Lunatic asylums Punjab 1911-1921 - 1911-1921
Year: 1911
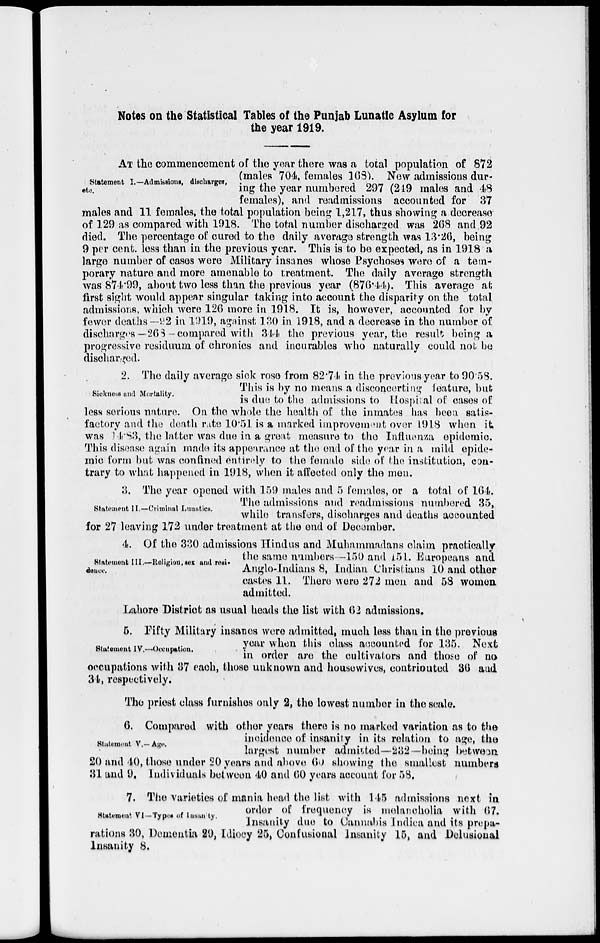
Notes on the Statistical Tables of the Punjab Lunatic Asylum for
the year 1919.
Statement I.—Admissions, discharges,
etc.
AT the commencement of the year there was a total population of 872
(males 704, females 168). New admissions dur-
ing the year numbered 297 (249 males and 48
females), and readmissions accounted for 37
males and 11 females, the total population being 1,217, thus showing a decrease
of 129 as compared with 1918. The total number discharged was 268 and 92
died. The percentage of cured to the daily average strength was 13.26 , being
9 per cent. less than in the previous year. This is to be expected, as in 1918 a
large number of cases were Military insanes whose Psychoses were of a tem-
porary nature and more amenable to treatment. The daily average strength
was 874.99, about two less than the previous year (876.44). This average at
first sight would appear singular taking into account the disparity on the total
admissions, which were 126 more in 1918. It is, however, accounted for by
fewer deaths—92 in 1919, against 130 in 1918, and a decrease in the number of
discharges—268 –compared with 344 the previous year, the result being a
progressive residuum of chronics and incurables who naturally could not be
discharged.
Sickness and Mortality.
2. The daily average sick rose from 82.74 in the previous-year to 90.58.
This is by no means a disconcerting feature, but
is due to the admissions to Hospital of cases of
less serious nature. On the whole the health of the inmates has been satis-
factory and the death rate 10.51 is a marked improvement over 1918 when it
was 14.83, the latter was due in a great measure to the Influenza epidemic.
This disease again made its appearance at the end of the year in a mild epide-
mic form but was confined entirely to the female side of the institution, con-
trary to what happened in 1918, when it affected only the men.
Statement II.—Criminal Lunatics.
3. The year opened with 159 males and 5 females, or a total of 164.
The admissions and readmissions numbered 35,
while transfers, discharges and deaths accounted
for 27 leaving 172 under treatment at the end of December.
Statement III.—Religion, sex and resi-
dence.
4. Of the 330 admissions Hindus and Muhammadans claim practically
the same numbers—150 and 151. Europeans and
Anglo-Indians 8, Indian Christians 10 and other
castes 11. There were 272 men and 58 women
admitted.
Lahore District as usual heads the list with 62 admissions.
Statement IV.–Occupation.
5. Fifty Military insanes were admitted, much less than in the previous
year when this class accounted for 135. Next
in order are the cultivators and those of no
occupations with 37 each, those unknown and housewives, contributed 36 and
34, respectively.
The priest class furnishes only 2, the lowest number in the scale.
Statement V.—Age.
6. Compared with other years there is no marked variation as to the
incidence of insanity in its relation to age, the
largest number admitted—232 —being between
20 and 40, those under 20 years and above 60 showing the smallest numbers
31 and 9. Individuals between 40 and 60 years account for 58.
Statement VI—Types of Insanity.
7. The varieties of mania head the list with 145 admissions next in
order of frequency is melancholia with 67.
Insanity due to Cannabis Indica and its prepa-
rations 30, Dementia 29, Idiocy 25 , Confusional Insanity 15, and Delusional
Insanity 8.